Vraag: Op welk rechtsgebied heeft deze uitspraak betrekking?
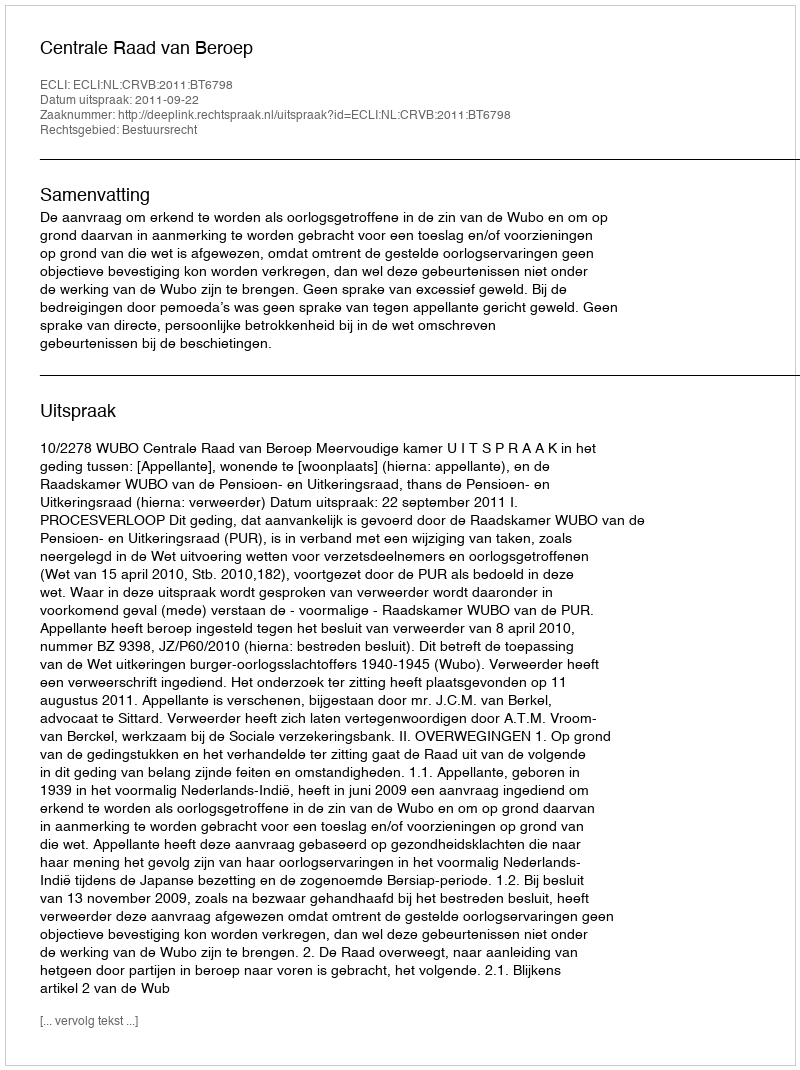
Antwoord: Bestuursrecht